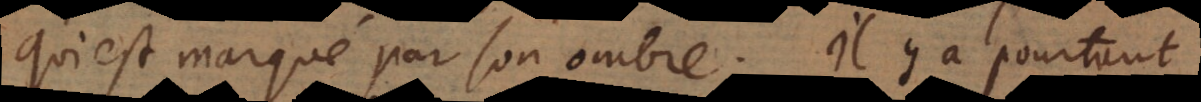
qui est marqué par son ombre. Il y a pourtant